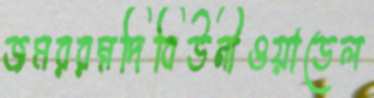
জমররম্নদিবিউনীওয়াডেল